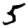
Digit: 5